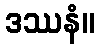
ဒဿနံ။